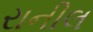
રાનીલ